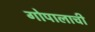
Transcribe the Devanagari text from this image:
गोपालाची